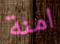
امنة